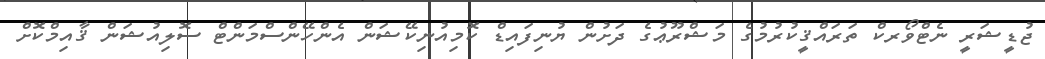
ޖުޑީޝަރީ ނެޓްވޯރކް ތަރައްޤީކުރުމުގެ މަޝްރޫޢުގެ ދަށުން ޔުނިފައިޑް ކޮމިއުނިކޭޝަން އެންހޭންސްމަންޓް ސޮލިއުޝަން ޤާއިމްކޮށް